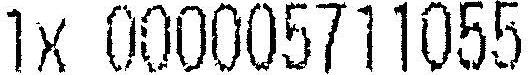
1X 000005711055